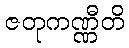
ဇတုကဏ္ဏီတိ